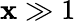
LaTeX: \mathbf{x}\gg1